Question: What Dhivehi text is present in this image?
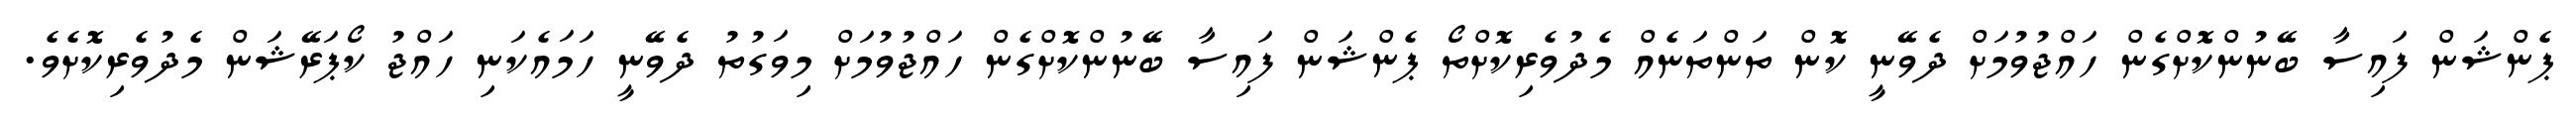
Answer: ޕެންޝަން ފައިސާ ބޭނުންކޮށްގެން ހައްޖުވުމަށް ދެވޭނީ ކޮން ތަންތަނެއް މެދުވެރިކޮށްތޯ ޕެންޝަން ފައިސާ ބޭނުންކޮށްގެން ހައްޖުވުމަށް މިވަގުތު ދެވޭނީ ހަމައެކަނި ހައްޖު ކޯޕަރޭޝަން މެދުވެރިކޮށެވެ.